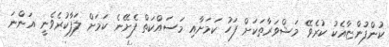
ކުންފުންޏާއެކު ކުރެވޭ މަޝްވަރާތަކަށް ފަހު ކަމަށާއި މަސައްކަތް ފެށޭނެ ކަމަށް ލަފާކުރެވެނީ އަންނަ